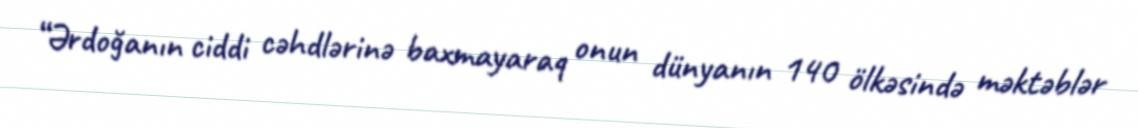
“Ərdoğanın ciddi cəhdlərinə baxmayaraq onun dünyanın 140 ölkəsində məktəblər